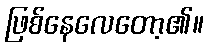
ဖြစ်နေလေတော့၏။